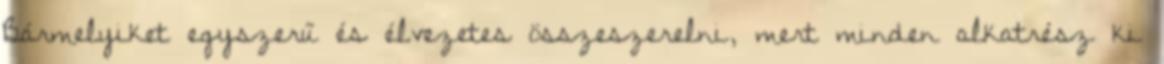
Bármelyiket egyszerű és élvezetes összeszerelni, mert minden alkatrész ki